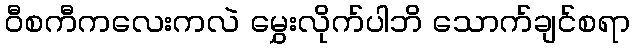
ဝီစကီကလေးကလဲ မွှေးလိုက်ပါဘိ သောက်ချင်စရာ